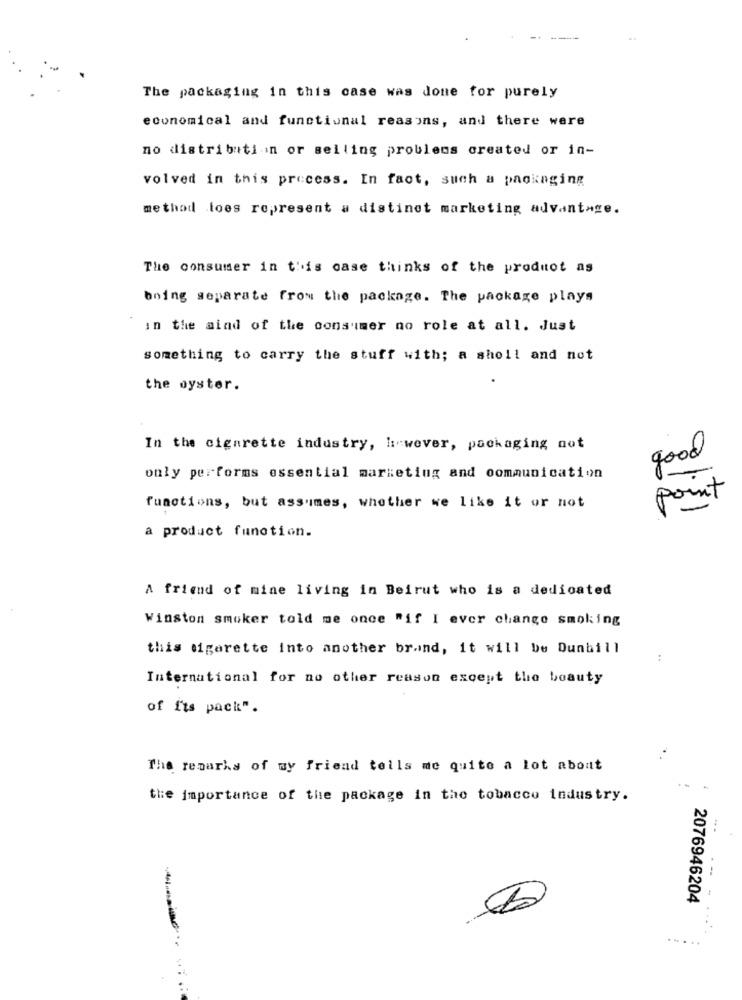
The packaging in this case was done for purely
economical and functional reasons, and there were
no distribution or selling problems created or in-
volved in this process. In fact, such a packaging
method loes represent a distinct marketing advantage.
The consumer in this case thinks of the product as
boing separate from the package. The package plays
in the aind of the consumer no role at all. Just
something to carry the stuff with; a sholl and not
the oyster.
In the cigarette industry, however, packaging not
good
only performs essential marketing and communication
point
functions, but assumes, whether we like it or not
a product function.
A friend of mine living in Beirut who is a dedicated
Winston smoker told me once "if I ever change smoking
this cigarette into another brand, it will be Dunhill
International for no other reason except the beauty
of Its pack".
The remarks of my friend tells me quite a lot about
the importance of the package in the tobacco industry.
2076946204
- -